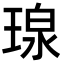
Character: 瑔